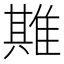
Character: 𨿣